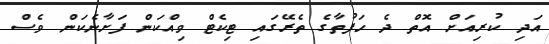
އަދި ކުރިއަށް އޮތް ދެ ހަފުތާގެ ތެރޭގައި ޓިކެޓް ވިއްކަން ފަށާނެކަން ވެސް